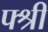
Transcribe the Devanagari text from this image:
फ्श्री